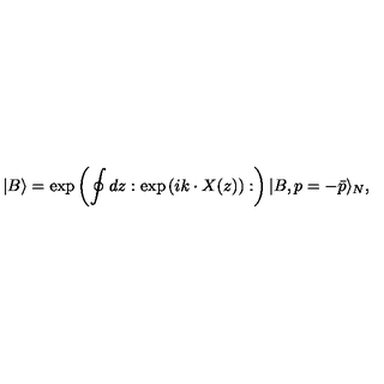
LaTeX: | B \rangle = \exp \left( \oint d z : \exp \left( i k \cdot X ( z ) \right) : \right) | B , p = - \bar { p } \rangle _ { N } ,